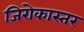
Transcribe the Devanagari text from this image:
जिरोकास्तर